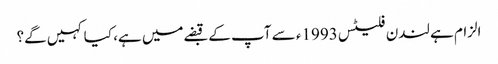
الزام ہے لندن فلیٹس 1993ء سے آپ کے قبضےمیں ہے، کیا کہیں گے؟